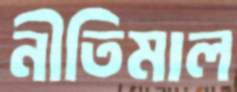
নীতিমাল